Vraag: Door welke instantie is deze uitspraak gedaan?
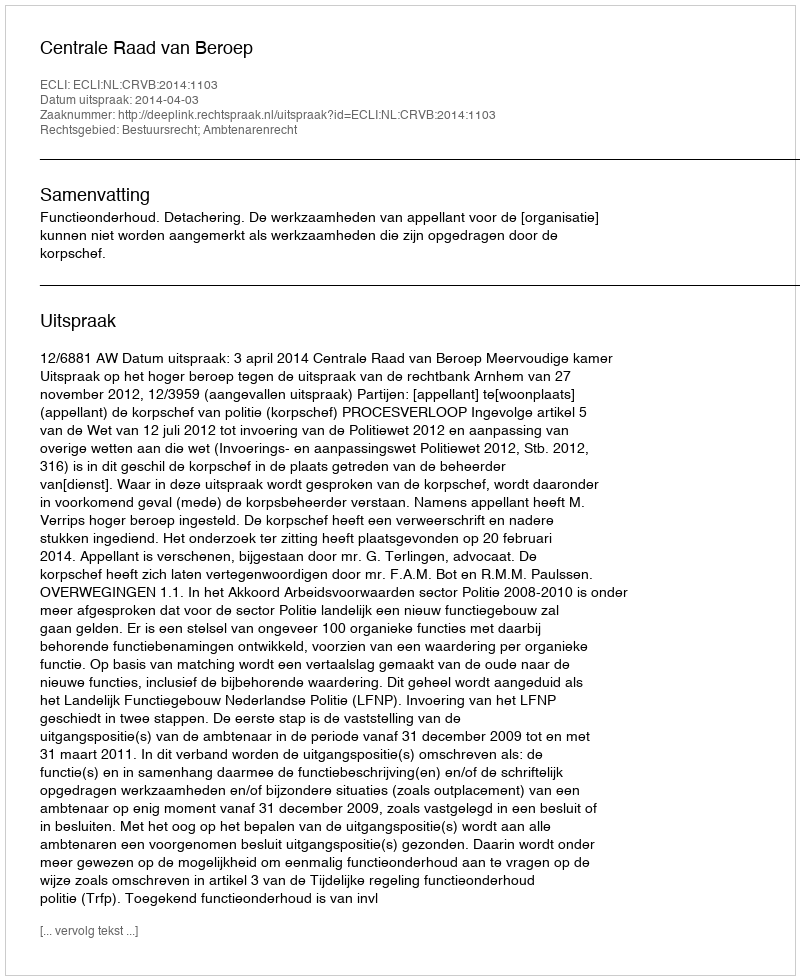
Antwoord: Centrale Raad van Beroep